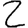
Digit: 2